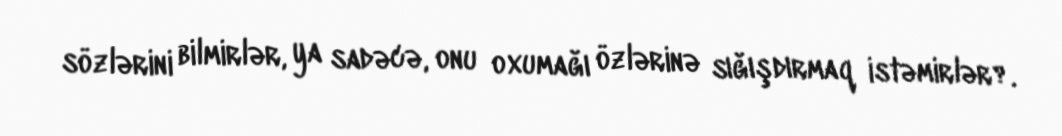
sözlərini bilmirlər, ya sadəcə, onu oxumağı özlərinə sığışdırmaq istəmirlər?.